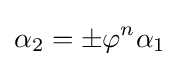
\alpha _{2}=\pm \varphi ^{n}\alpha _{1}